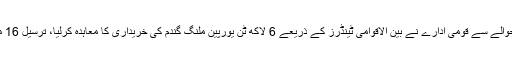
17فروری(اے پی پی)الجیریا کے اجناس کے حوالے سے قومی ادارے نے بین الاقوامی ٹینڈرز کے ذریعے 6 لاکھ ٹن یورپین ملنگ گندم کی خریداری کا معاہدہ کرلیا، ترسیل 16 مارچ سے 15 اپریل کے درمیان کی جائے گی۔